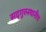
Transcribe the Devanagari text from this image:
सद्‌गुरुस्थानीच